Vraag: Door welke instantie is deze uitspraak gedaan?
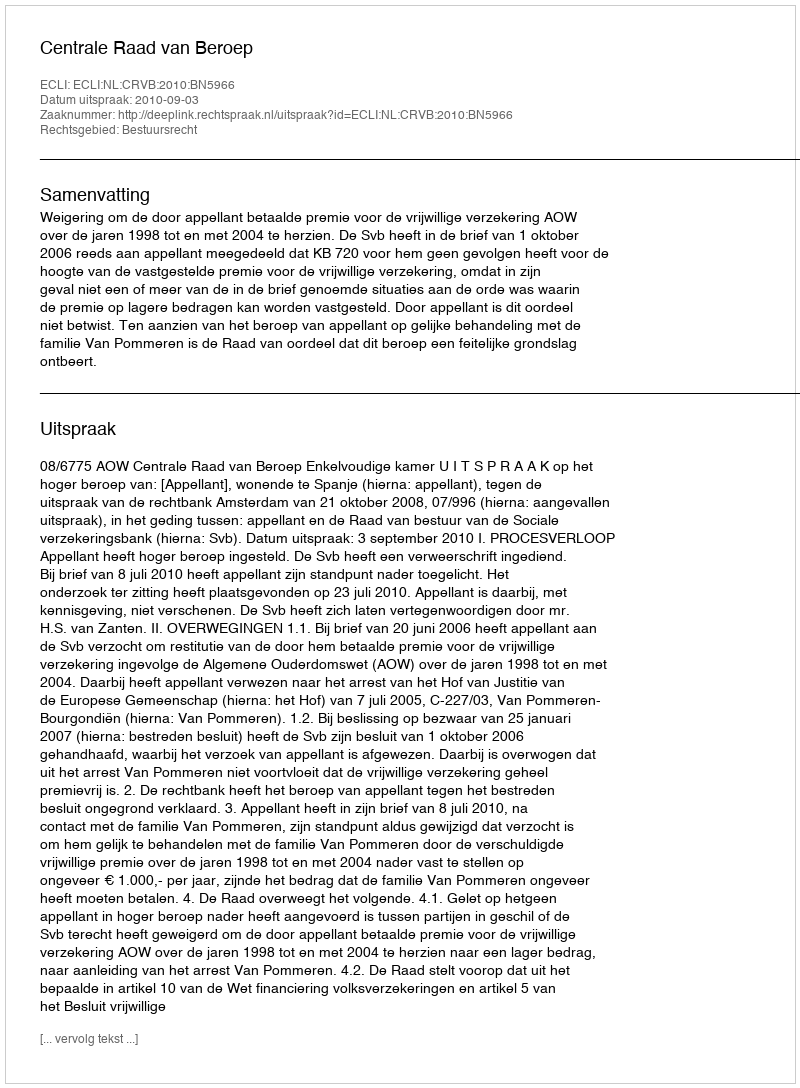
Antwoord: Centrale Raad van Beroep